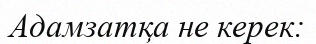
Адамзатқа не керек: